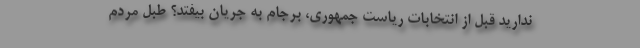
ندارید قبل از انتخابات ریاست جمهوری، برجام به جریان بیفتد؟ طبل مردم